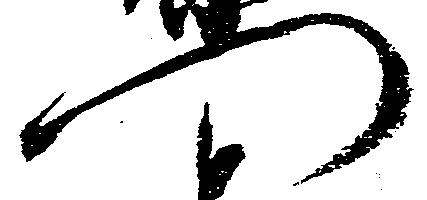
門